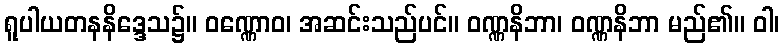
ရူပါယတနနိဒ္ဒေသ၌။ ဝဏ္ဏောဝ၊ အဆင်းသည်ပင်။ ဝဏ္ဏနိဘာ၊ ဝဏ္ဏနိဘာ မည်၏။ ဝါ၊